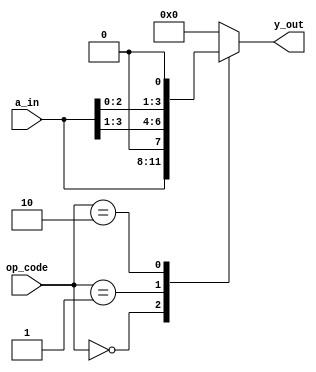
`timescale 1ns / 1ps
//////////////////////////////////////////////////////////////////////////////////
// Company: 
// Engineer: 
// 
// Design Name: 
// Module Name: alu
// Project Name: 
// Target Devices: 
// Tool Versions: 
// Description: 
// 
// Dependencies: 
// 
// Revision:
// Revision 0.01 - File Created
// Additional Comments:
// 
//////////////////////////////////////////////////////////////////////////////////
module alu#(parameter data_width=4)(
           input [data_width-1:0] a_in,
           input [1:0] op_code,
           output reg [data_width-1:0]  y_out);
always@*
begin
    case(op_code)
    2'b00: y_out= a_in;
    2'b01: y_out= a_in>>1;
    2'b10: y_out= a_in<<1;
    2'b00: y_out= ~a_in;
    default: y_out='b0;
    endcase
end               
endmodule